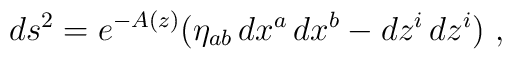
ds^2=e^{-A(z)}\big(\eta_{ab}\,dx^a\,dx^b-dz^i\,dz^i\big)\ ,